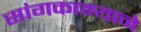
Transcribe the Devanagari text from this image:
सांगकाम्याने